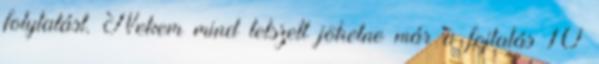
folytatást. Nekem mind tetszett jöhetne már a fojtatás 10